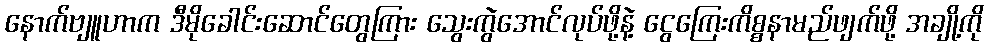
နောက်ဗျူဟာက ဒီမိုခေါင်းဆောင်တွေကြား သွေးကွဲအောင်လုပ်ဖို့နဲ့ ငွေကြေးကိစ္စနာမည်ဖျက်ဖို့ အချို့ကို